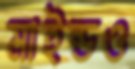
মাইন্ডও